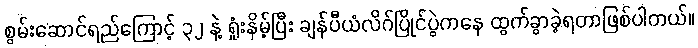
စွမ်းဆောင်ရည်ကြောင့် ၃၂ နဲ့ ရှုံးနိမ့်ပြီး ချန်ပီယံလိဂ်ပြိုင်ပွဲကနေ ထွက်ခွာခဲ့ရတာဖြစ်ပါတယ်။